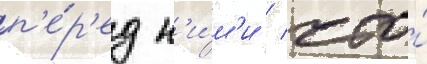
п'е́р'ед н'и́м'и / что́